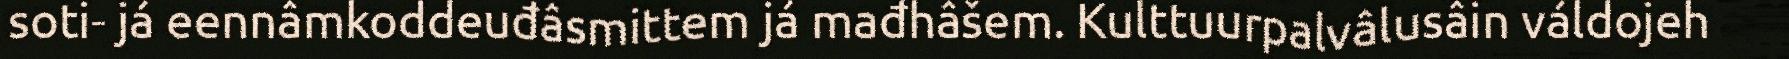
soti- já eennâmkoddeuđâsmittem já mađhâšem. Kulttuurpalvâlusâin váldojeh